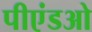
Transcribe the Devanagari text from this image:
पीएंडओ